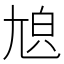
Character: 𡯬